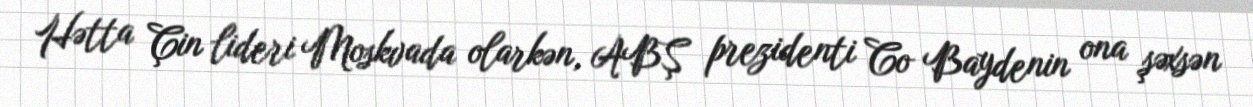
Hətta Çin lideri Moskvada olarkən, ABŞ prezidenti Co Baydenin ona şəxsən